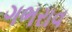
ગભરાવ